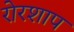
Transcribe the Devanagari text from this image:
रोरशाप